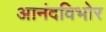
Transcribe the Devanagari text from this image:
आनंदविभोर